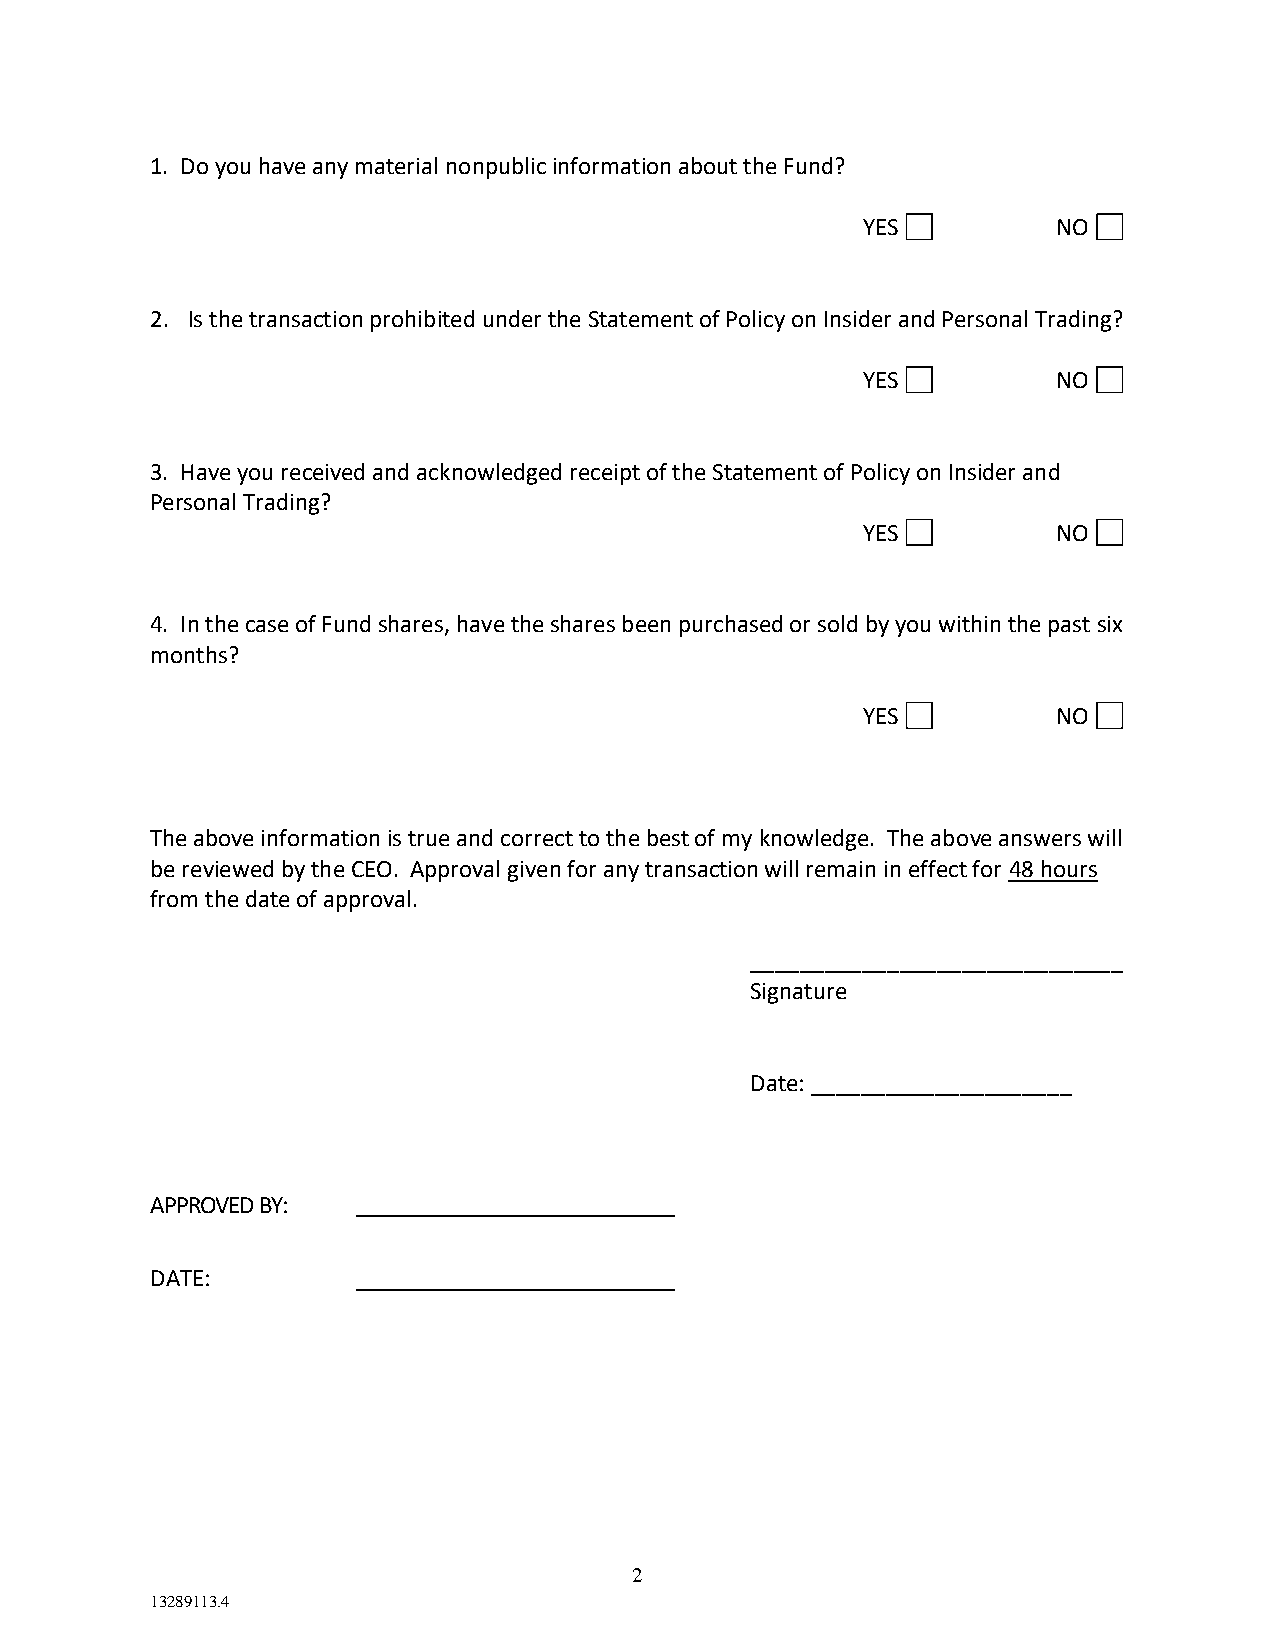
1. Do you have any material nonpublic information about the Fund?
 YES          NO
 2. Is the transaction prohibited under the Statement of Policy on Insider and Personal Trading?
 YES          NO
 3. Have you received and acknowledged receipt of the Statement of Policy on Insider and
 Personal Trading?
 YES          NO
 4. In the case of Fund shares, have the shares been purchased or sold by you within the past six
 months?
 YES          NO
 The above information is true and correct to the best of my knowledge. The above answers will
 be reviewed by the CEO. Approval given for any transaction will remain in effect for 48 hours
 from the date of approval.
 ______________________________
 Signature
 Date: _____________________
 APPROVED BY:
 DATE:
 2
 13289113.4